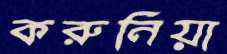
করুনিয়া